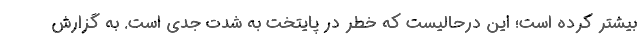
بیشتر کرده است؛ این درحالیست که خطر در پایتخت به شدت جدی است. به گزارش